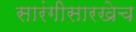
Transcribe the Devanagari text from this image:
सारंगीसारखेच